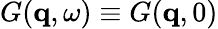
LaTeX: G(\mathbf{q},\omega)\equiv G(\mathbf{q},0)